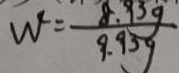
W ^ { \prime } = \frac { 8 . 9 3 g } { 9 . 9 3 g }